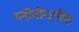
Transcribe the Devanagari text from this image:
ग्लॉमॉप्टरिस